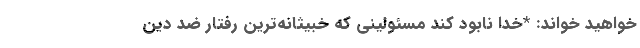
خواهید خواند: *خدا نابود کند مسئولینی که خبیثانه‌ترین رفتار ضد دین